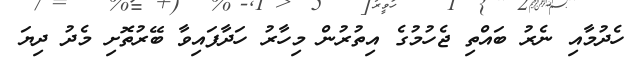
ހެދުމާއި ނެރު ބައްތި ޖެހުމުގެ އިތުރުން މިހާރު ހަދާފައިވާ ބޭރުތޮށި މެދު ދިޔަ